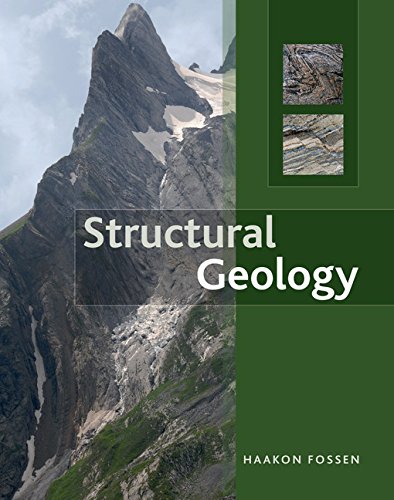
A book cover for Structural Geology; Haakon Fossen; Science & Math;